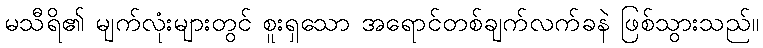
မသီရိ၏ မျက်လုံးများတွင် စူးရှသော အရောင်တစ်ချက်လက်ခနဲ ဖြစ်သွားသည်။